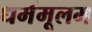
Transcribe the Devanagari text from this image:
धर्ममूलम